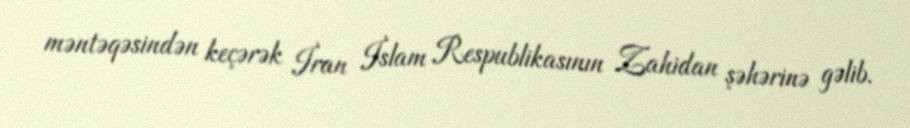
məntəqəsindən keçərək İran İslam Respublikasının Zahidan şəhərinə gəlib.